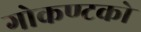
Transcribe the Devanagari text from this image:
गोकण्टको